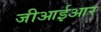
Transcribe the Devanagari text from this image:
जीआईआर